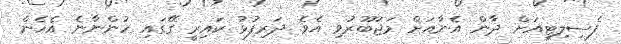
ފެސިލިޓީއަށް ދާން އެނާއަށް މަޖުބޫރުވި އެވެ. ދަރިފުޅު ކައިރީ ގޭގައި ހުންނާނެ އެހެން